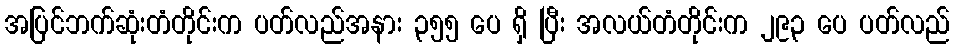
အပြင်ဘက်ဆုံးတံတိုင်းက ပတ်လည်အနား ၃၅၅ ပေ ရှိ ပြီး အလယ်တံတိုင်းက ၂၉၃ ပေ ပတ်လည်